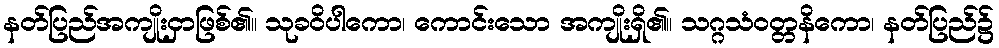
နတ်ပြည်အကျိုးငှာဖြစ်၏။ သုခဝိပါကော၊ ကောင်းသော အကျိုးရှိ၏။ သဂ္ဂသံဝတ္တနိကော၊ နတ်ပြည်၌